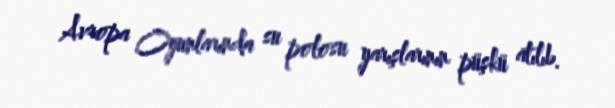
Avropa Oyunlarında su polosu yarışlarının püşkü atılıb.